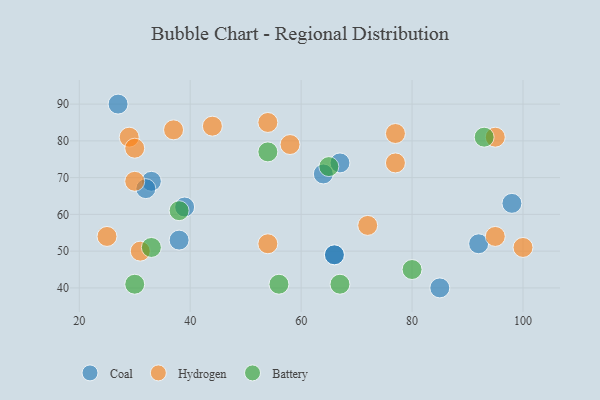
{"axis": {"x": "GDP", "y": "Life Expectancy"}, "legend": ["Battery", "Coal", "Hydrogen"], "data": [{"x": "27", "y": 90, "type": "Coal"}, {"x": "33", "y": 69, "type": "Coal"}, {"x": "66", "y": 49, "type": "Coal"}, {"x": "67", "y": 74, "type": "Coal"}, {"x": "98", "y": 63, "type": "Coal"}, {"x": "85", "y": 40, "type": "Coal"}, {"x": "32", "y": 67, "type": "Coal"}, {"x": "38", "y": 53, "type": "Coal"}, {"x": "64", "y": 71, "type": "Coal"}, {"x": "66", "y": 49, "type": "Coal"}, {"x": "39", "y": 62, "type": "Coal"}, {"x": "92", "y": 52, "type": "Coal"}, {"x": "100", "y": 51, "type": "Hydrogen"}, {"x": "29", "y": 81, "type": "Hydrogen"}, {"x": "95", "y": 54, "type": "Hydrogen"}, {"x": "30", "y": 78, "type": "Hydrogen"}, {"x": "37", "y": 83, "type": "Hydrogen"}, {"x": "44", "y": 84, "type": "Hydrogen"}, {"x": "25", "y": 54, "type": "Hydrogen"}, {"x": "54", "y": 52, "type": "Hydrogen"}, {"x": "72", "y": 57, "type": "Hydrogen"}, {"x": "54", "y": 85, "type": "Hydrogen"}, {"x": "95", "y": 81, "type": "Hydrogen"}, {"x": "77", "y": 82, "type": "Hydrogen"}, {"x": "31", "y": 50, "type": "Hydrogen"}, {"x": "77", "y": 74, "type": "Hydrogen"}, {"x": "58", "y": 79, "type": "Hydrogen"}, {"x": "30", "y": 69, "type": "Hydrogen"}, {"x": "30", "y": 41, "type": "Battery"}, {"x": "67", "y": 41, "type": "Battery"}, {"x": "93", "y": 81, "type": "Battery"}, {"x": "56", "y": 41, "type": "Battery"}, {"x": "33", "y": 51, "type": "Battery"}, {"x": "38", "y": 61, "type": "Battery"}, {"x": "54", "y": 77, "type": "Battery"}, {"x": "65", "y": 73, "type": "Battery"}, {"x": "80", "y": 45, "type": "Battery"}]}